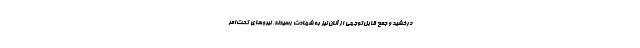
درخشید و جمع قابل‌توجهی از آنان نیز به شهادت رسیدند. نیروهای تحت‌امر